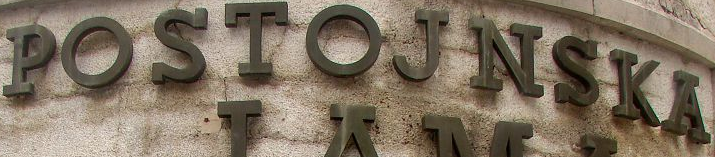
POSTOJNSKA